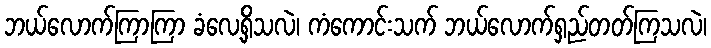
ဘယ်လောက်ကြာကြာ ခံလေ့ရှိသလဲ၊ ကံကောင်းသက် ဘယ်လောက်ရှည်တတ်ကြသလဲ၊